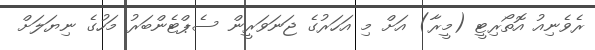
ރެވެނިއު އޮތޯރިޓީ (މީރާ) އަށް މި އަހަރުގެ ޖަނަވަރީން ސެޕްޓެންބަރު މަހުގެ ނިޔަލަށް